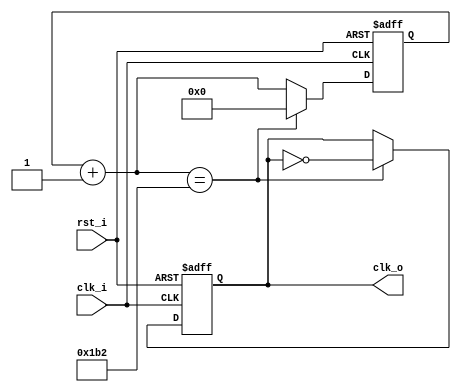
`timescale 1ns / 1ps
//////////////////////////////////////////////////////////////////////////////////
// Company: 
// Engineer: 
// 
// Design Name: 
// Module Name:    dzielnik 
// Project Name: 
// Target Devices: 
// Tool versions: 
// Description: 
//
// Dependencies: 
//
// Revision: 
// Revision 0.01 - File Created
// Additional Comments: 
//
//////////////////////////////////////////////////////////////////////////////////
module divider(
		input clk_i,
		input rst_i,
		output reg clk_o
    );
	 
		
	parameter N =  868; // 50M / 6*9600 - 1 bit danych trwa 6 cykli zegara
	reg [26:0] licznik = 0;
	 
	
	
	always @(posedge clk_i or posedge rst_i)	
		if (rst_i)
		begin
		 licznik = 0;
		 clk_o = 0;
		end
		
		else	
		begin			
			if((N % 2) == 0)
			begin
				licznik = licznik + 1;
				if(licznik == N/2)
				begin
					clk_o = ~clk_o;
					licznik = 0;
				end	
			end
			
			else
			begin 
				licznik = licznik + 1;
				if(licznik == N/2)
					clk_o = ~clk_o;
				if(licznik == N)
				begin
					clk_o = ~clk_o;
					licznik = 0;
				end
			end
	
		end
endmodule